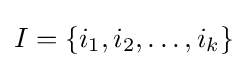
I=\{i_{1},i_{2},\dots ,i_{k}\}